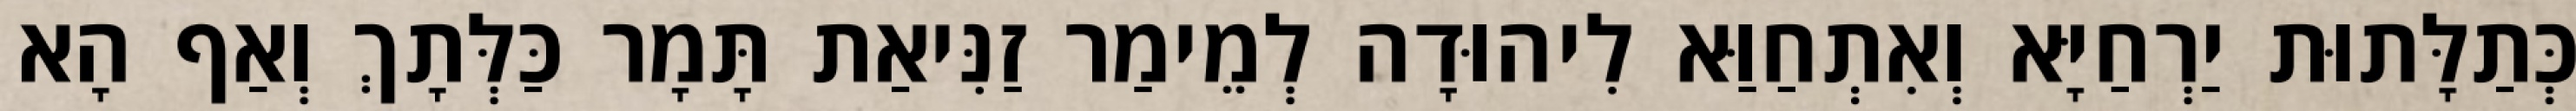
כְּתַלָּתוּת יַרְחַיָּא וְאִתְחַוַּא לִיהוּדָה לְמֵימַר זַנִּיאַת תָּמָר כַּלְּתָךְ וְאַף הָא